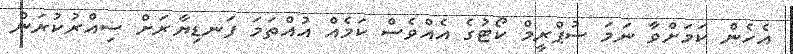
އެހެން ކަމަށްވާ ނަމަ ސުޕްރީމް ކޯޓުގެ އެއްވެސް ކަމެއް އުއްތަމަ ފަނޑިޔާރަށް ސިއްރުކުރަން